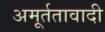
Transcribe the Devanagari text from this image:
अमूर्ततावादी